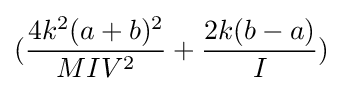
({\frac {4k^{2}(a+b)^{2}}{MIV^{2}}}+{\frac {2k(b-a)}{I}})